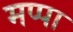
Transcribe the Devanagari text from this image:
मप्पा